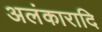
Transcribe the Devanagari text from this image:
अलंकारादि